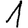
Digit: 1